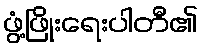
ဖွံ့ဖြိုးရေးပါတီ၏